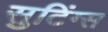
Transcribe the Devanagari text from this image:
सुटिंग्स